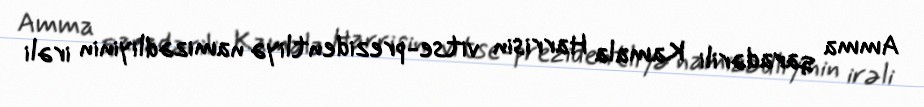
Amma qaradərili Kamala Harrisin vitse-prezidentliyə namizədliyinin irəli